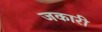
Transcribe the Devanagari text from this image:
जकारी